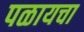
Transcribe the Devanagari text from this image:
पळायचा